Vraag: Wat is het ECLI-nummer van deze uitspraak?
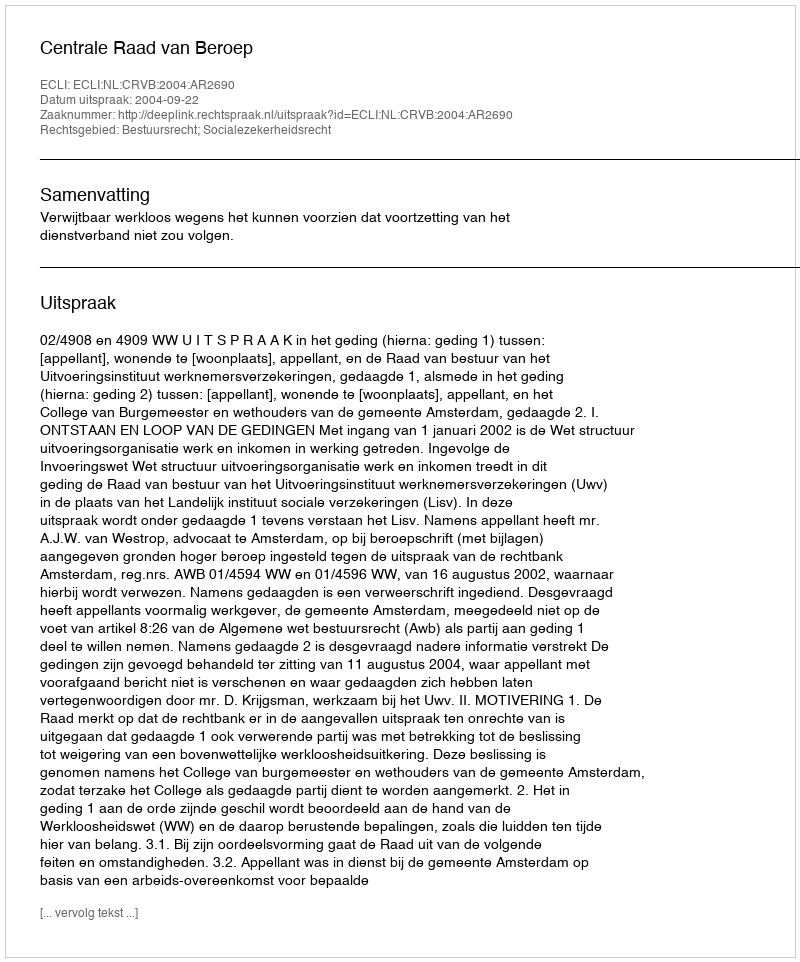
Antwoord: ECLI:NL:CRVB:2004:AR2690